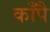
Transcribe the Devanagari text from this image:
काँपै